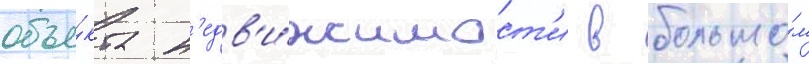
объе́кта н'едв'и́жимост'и в большо́м